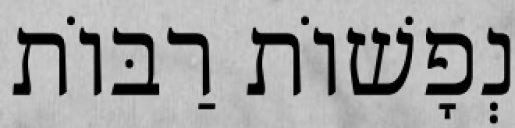
נְפָשׁוֹת רַבּוֹת